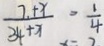
\frac { 7 + x } { 3 4 + x } = \frac { 1 } { 4 }